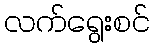
လက်ရွေးစင်